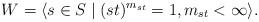
LaTeX: \begin{align*}W=\langle s\in S\mid (st)^{m_{st}}=1, m_{st}<\infty \rangle.\end{align*}